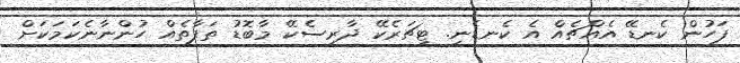
ފަހުން ކެނޑޭ އެއްޗެއް އެ ކެނޑެނީ. ޓީޗަރެކޭ ދާރިސެކޭ މާބޮޑު ތަފާތެއް ހުންނާނެކަމަކަށް